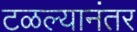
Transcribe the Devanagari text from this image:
टळल्यानंतर